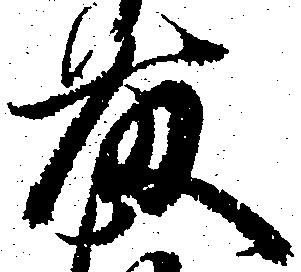
藤